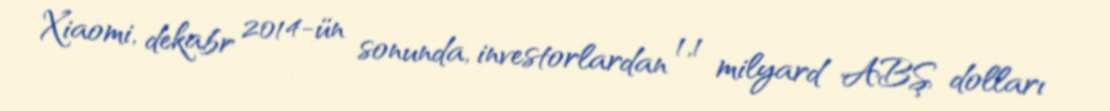
Xiaomi, dekabr 2014-ün sonunda, investorlardan 1,1 milyard ABŞ dolları